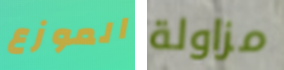
الموزع مزاولة